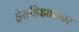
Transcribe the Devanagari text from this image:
ड्रेसडिझायनर